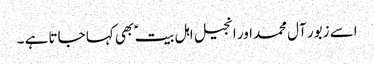
اسے زبور آل محمداور انجیل اہل بیت ؑ بھی کہا جاتا ہے ۔